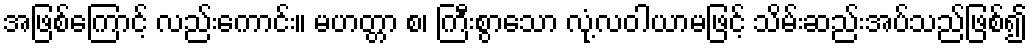
အဖြစ်ကြောင့် လည်းကောင်း။ မဟတ္တာ စ၊ ကြီးစွာသော လုံ့လဝါယာမဖြင့် သိမ်းဆည်းအပ်သည်ဖြစ်၍